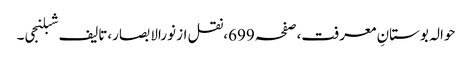
حوالہ بوستانِ معرفت،صفحہ699،نقل از نورالابصار،تالیف شبلنجی۔